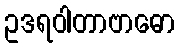
ဥဒရဝါတာဗာဓော